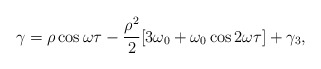
\begin{align*}\gamma=\rho\cos\omega\tau-\frac{\rho^{2}}{2}[3\omega_{0}+\omega_{0}\cos2\omega\tau]+\gamma_{3},\end{align*}